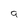
Character: 9